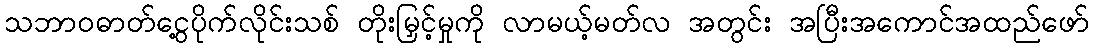
သဘာဝဓာတ်ငွေ့ပိုက်လိုင်းသစ် တိုးမြှင့်မှုကို လာမယ့်မတ်လ အတွင်း အပြီးအကောင်အထည်ဖော်